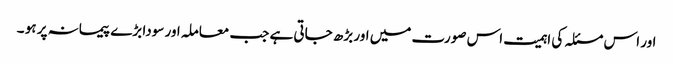
اور اس مسئلہ کی اہمیت اس صورت میں اور بڑھ جاتی ہے جب معاملہ اور سودا بڑے پیمانہ پر ہو ۔